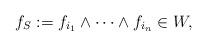
LaTeX: \begin{align*} f_S := f_{i_1} \wedge \dotsb \wedge f_{i_n} \in W,\end{align*}